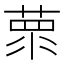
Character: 𦵺